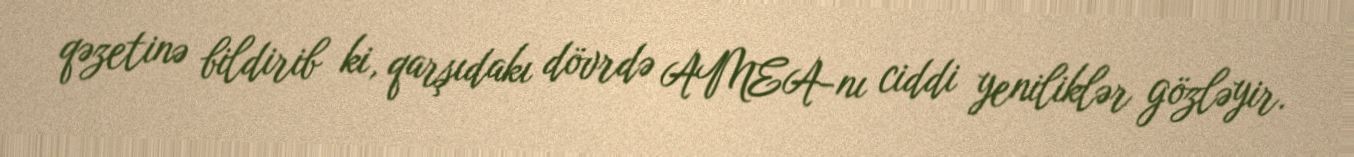
qəzetinə bildirib ki, qarşıdakı dövrdə AMEA-nı ciddi yeniliklər gözləyir.